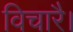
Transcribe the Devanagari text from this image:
विचारै।